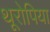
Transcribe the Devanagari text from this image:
थूरोपिया